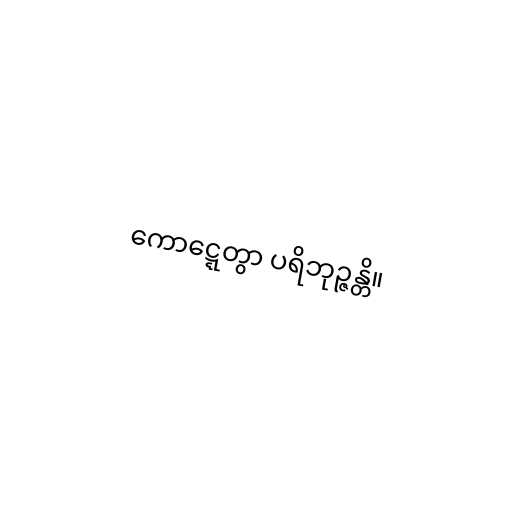
ကောဋ္ဋေတွာ ပရိဘုဉ္ဇန္တိ။